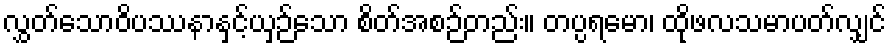
လွှတ်သောဝိပဿနာနှင့်ယှဉ်သော စိတ်အစဉ်တည်း။ တပ္ပရမော၊ ထိုဖလသမာပတ်လျှင်